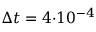
\Delta t = 4 { \cdot } 1 0 ^ { - 4 }